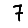
Digit: 7